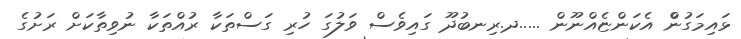
ޅައިމަގުންް އެކަންޏެއްނޫން .....ދ.ރިނބުދޫ ގައިވެސް ވަލުގަ ހުރި ގަސްތަކާ ރުއްތަކާ ނުވިތާކަށް ރަށުގެ